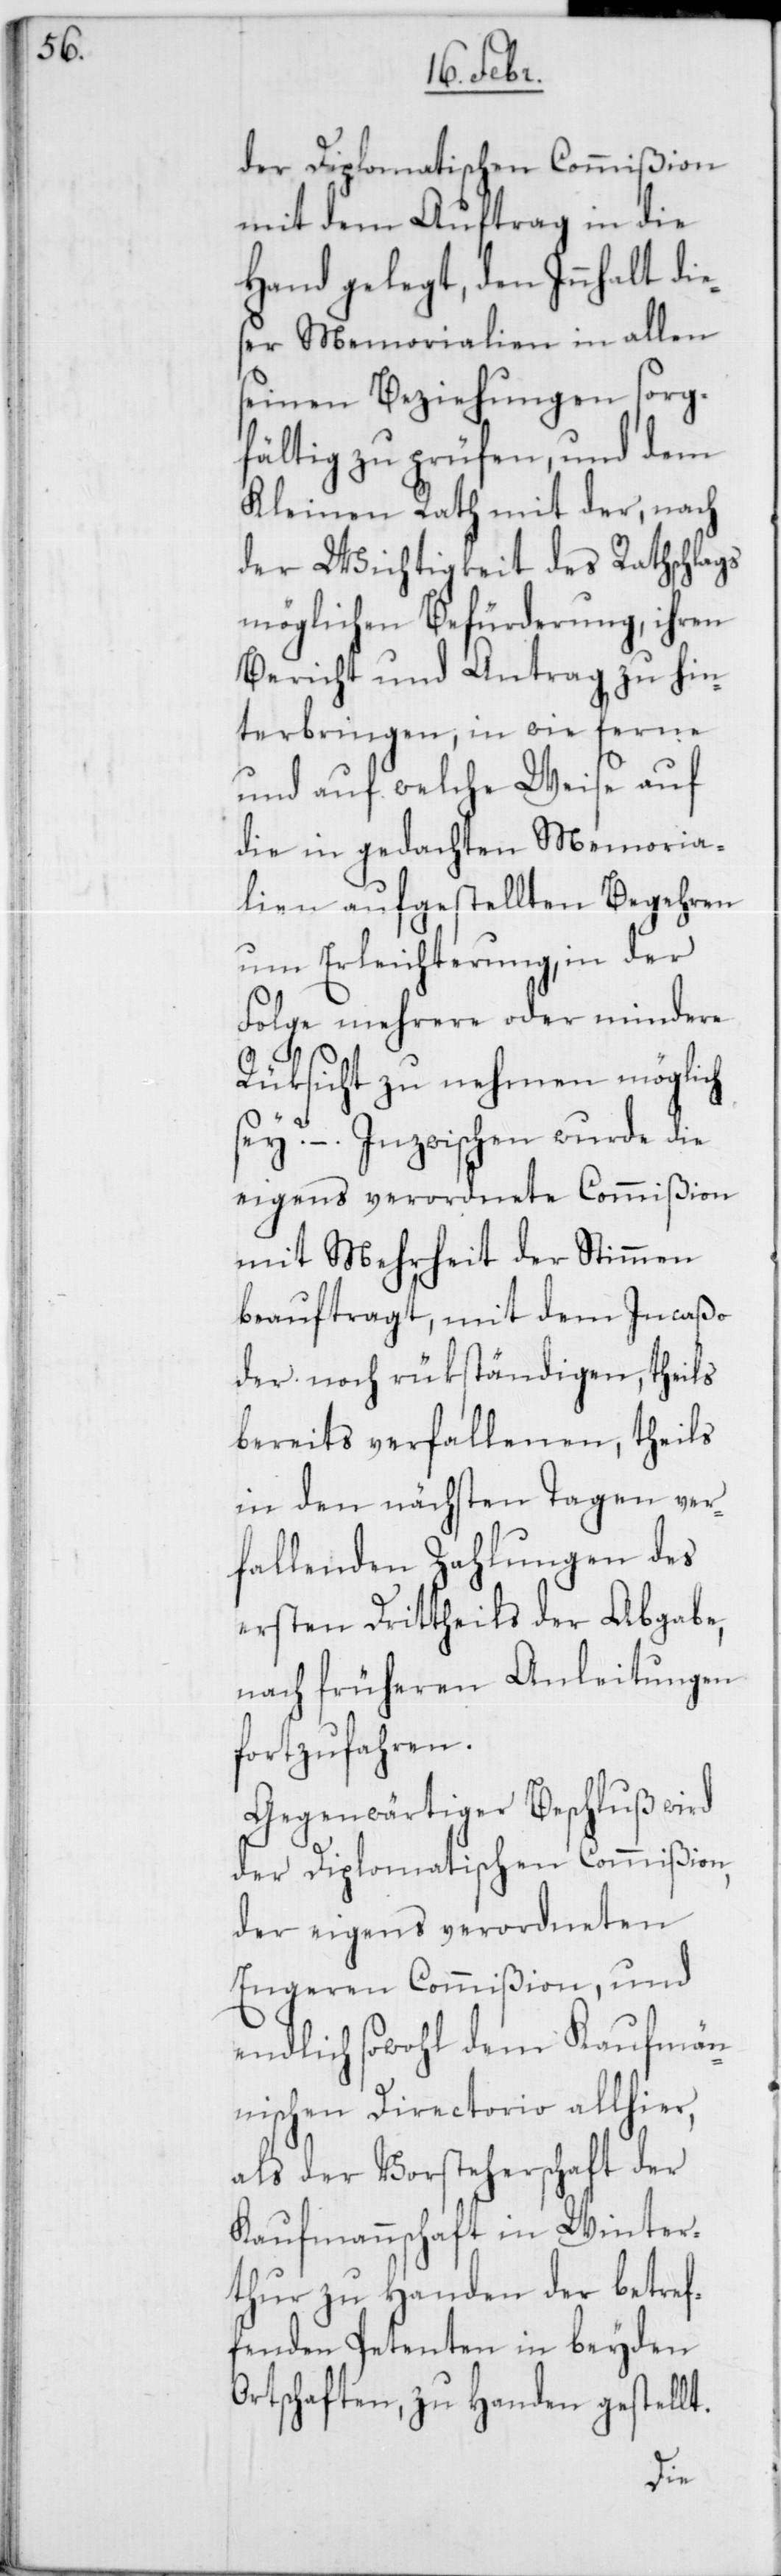
mit dem Auftrag in die
Hand gelegt, den Innhalt di¬
eser Memorialien in allen
seinen Beziehungen sorg¬
fältig zu prüfen, und dem
Kleinen Rath mit der, nach
der Wichtigkeit des Rathschlags
möglichen Befürderung, ihren
Bericht und Antrag zu hin¬
terbringen, in wie ferne
und auf welche Weise auf
die in gedachten Memoria¬
lien aufgestellten Begehren
um Erleichterung, in der
Folge mehrere oder mindere
Rüksicht zu nehmen möglich
sey? – Inzwischen wurde die
eigens verordnete Commißion
mit Mehrheit der Stimmen
beauftragt, mit dem Incaßo
der noch rükständigen, theils
bereits verfallenen, theils
in den nächsten Tagen ver¬
fallenden Zahlungen des
ersten Drittheils der Abgabe,
nach früheren Anleitungen
fortzufahren.
Gegenwärtiger Beschluß wird
der Diplomatischen Commißion,
der eigens verordneten
Engeren Commißion, und
endlich sowohl dem kaufmän¬
nischen Directorio allhier,
als der Vorsteherschaft der
Kaufmannschaft in Winter¬
thur zu Handen der betref¬
fenden Petenten in beyden
Ortschaften, zu Handen gestellt.